system: You are a helpful assistant.
user:
Analyze the provided spectrum to determine if it is a **"Cataclysmic Variables (CV)"**.

- **Key Indicators for CV (Check for either state):**
    - **State 1: Quiescent / Low-State (Emission-Dominated)**
        - **(Primary):** Strong and *very broad* Hydrogen Balmer emission lines (e.g., $H\alpha$ at 6563 Å, $H\beta$ at 4861 Å). The 'broadness' (high velocity dispersion, often FWHM > 1000 km/s) is the key diagnostic, indicating a high-velocity accretion disk.
        - **(Secondary):** Broad neutral Helium (He I) emission lines (e.g., 5876 Å, 6678 Å).
        - **(Key Confirmation):** Presence of high-excitation *ionized* Helium (He II) emission at 4686 Å. This is a strong indicator of accretion onto a white dwarf.
        - **(Line Profile):** Emission lines may exhibit a 'double-peaked' profile, which is a classic signature of a rotating accretion disk viewed at high inclination.

    - **State 2: Outburst / High-State (Absorption-Dominated)**
        - **(Primary):** Spectrum is dominated by a bright, blue continuum (looks like a hot star).
        - **(Secondary):** The emission lines from State 1 are weak, absent, or 'filled in', and are replaced by broad, shallow *absorption* lines (primarily Balmer and He I).
        - **(Morphology):** The overall spectrum mimics a hot B/A-type star. The crucial difference is that the absorption lines are significantly broader, shallower, and more 'washed-out' (or 'smeared') than the sharp lines of a normal stellar photosphere, due to high rotational speeds and pressure broadening in the disk.

Think first, call **spectral_visualization_tool** if needed to examine features in detail, then provide your final answer. Your response must adhere to the following strict rules:
1.  **Overall Structure:** Your response must follow the format `<think>...</think> <tool_call>...</tool_call> (if a tool is used) <answer>...</answer>`.
2.  **Tool Usage Constraint:** You may only make **one** tool call per turn.
3.  **Final Answer Format:** In the `<answer>` tag, your conclusion must be inside a `\boxed{}` command (e.g., `\boxed{YES}`), followed by your justification.

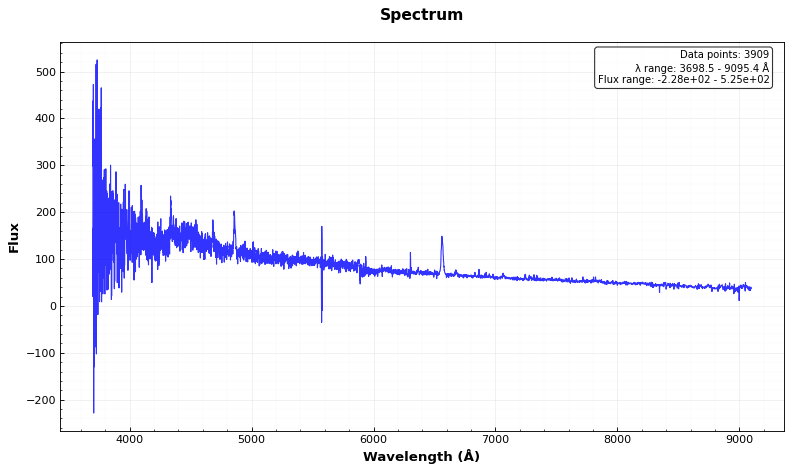
Answer: YES